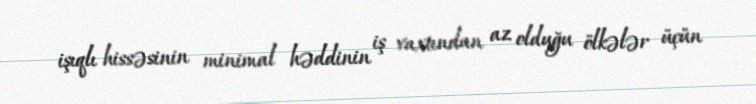
işıqlı hissəsinin minimal həddinin iş vaxtından az olduğu ölkələr üçün